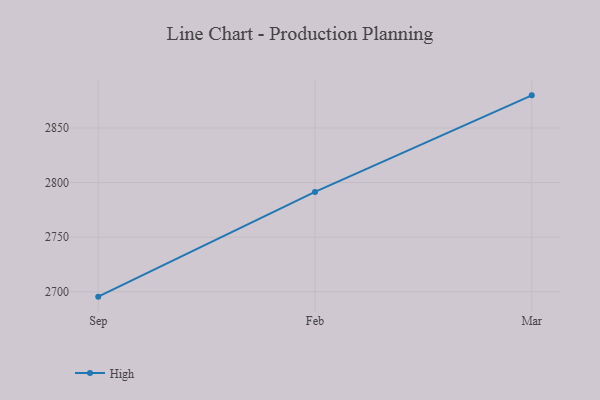
{"axis": {"x": "Month", "y": "Website Visitors"}, "legend": ["High"], "data": [{"x": "Sep", "y": 2695.5, "type": "High"}, {"x": "Feb", "y": 2791.4, "type": "High"}, {"x": "Mar", "y": 2879.9, "type": "High"}]}